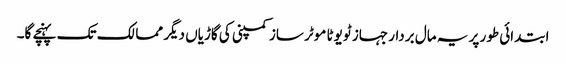
ابتدائی طور پر یہ مال بردار جہاز ٹویوٹا موٹر ساز کمپنی کی گاڑیاں دیگر ممالک تک پہنچے گا۔